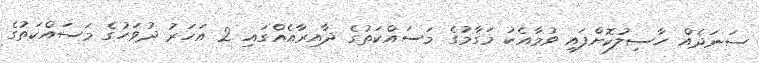
ސަނަދެއް ހާސިލުކޮށްފައި ވުމާއެކު މަގާމުގެ މަސައްކަތުގެ ދާއިރާއެއްގައި 2 އަހަރު ދުވަހުގެ މަސައްކަތުގެ